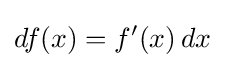
df(x)=f'(x)\,dx